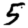
Digit: 5